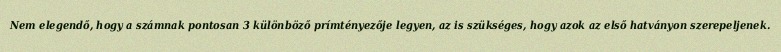
Nem elegendő, hogy a számnak pontosan 3 különböző prímtényezője legyen, az is szükséges, hogy azok az első hatványon szerepeljenek.